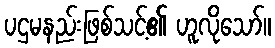
ပဌမနည်းဖြစ်သင့်၏ ဟူလိုသော်။